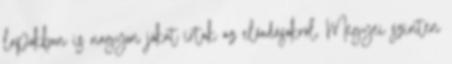
lapokban is nagyon jókat írtak az előadásokról. Megyei szinten